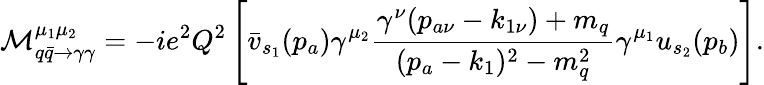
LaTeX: \mathcal{M}_{q\bar{q}\rightarrow\gamma\gamma}^{\mu_{1}\mu_{2}}=-ie^{2}Q^{2}\left\lbrack\bar{v}_{s_{1}}(p_{a})\gamma^{\mu_{2}}\frac{\gamma^{\nu}(p_{a\nu}-k_{1\nu})+m_{q}}{(p_{a}-k_{1})^{2}-m_{q}^{2}}\gamma^{\mu_{1}}u_{s_{2}}(p_{b})\right\rbrack.